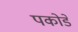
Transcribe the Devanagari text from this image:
पकोडे